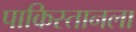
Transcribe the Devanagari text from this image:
पाकिस्तानला